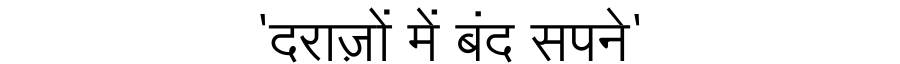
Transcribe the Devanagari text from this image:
'दराज़ों में बंद सपने'